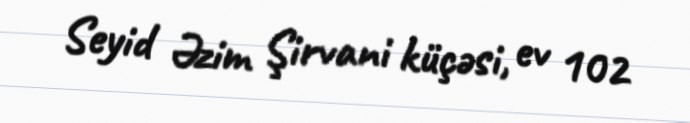
Seyid Əzim Şirvani küçəsi, ev 102